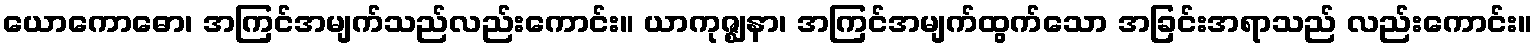
ယောကောဓော၊ အကြင်အမျက်သည်လည်းကောင်း။ ယာကုဇ္ဈနာ၊ အကြင်အမျက်ထွက်သော အခြင်းအရာသည် လည်းကောင်း။